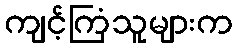
ကျင့်ကြံသူများက